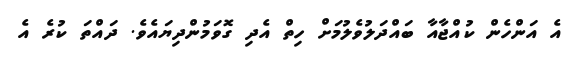
އެ އަންހެން ކުއްޖާއާ ބައްދަލުވެލުމަށް ހިތް އެދި ގޮވަމުންދިޔައެވެ. ދައްތަ ކުރެ އެ